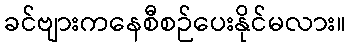
ခင်ဗျားကနေစီစဉ်ပေးနိုင်မလား။